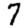
Digit: 7